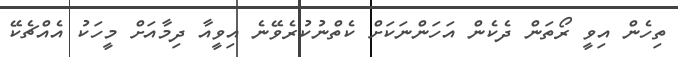
ތިހެން އިވީ ރޯތަން ދެކެން އަހަންނަކަށް ކެތްނުކުރެވޭނެ އިވީއާ ދިމާއަށް މީހަކު އެއްޗެކޭ